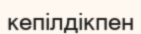
кепілдікпен